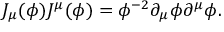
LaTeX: J _ { \mu } ( \phi ) J ^ { \mu } ( \phi ) = \phi ^ { - 2 } \partial _ { \mu } \phi \partial ^ { \mu } \phi .